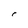
Character: r